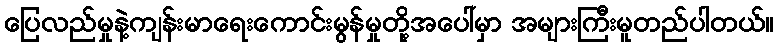
ပြေလည်မှုနဲ့ကျန်းမာရေးကောင်းမွန်မှုတို့အပေါ်မှာ အများကြီးမူတည်ပါတယ်။